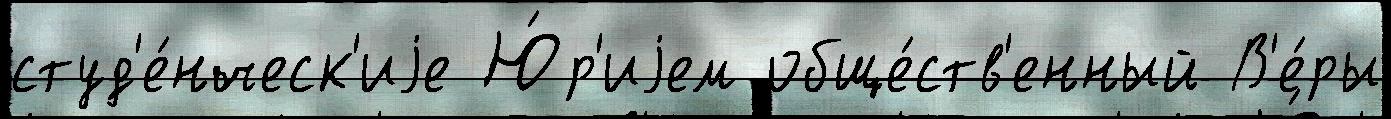
студ'е́нческ'иjе Ю́р'иjем обще́ств'енный В'е́ры